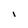
Character: l